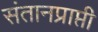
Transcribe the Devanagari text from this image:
संतानप्राप्ती